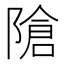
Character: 𲉝